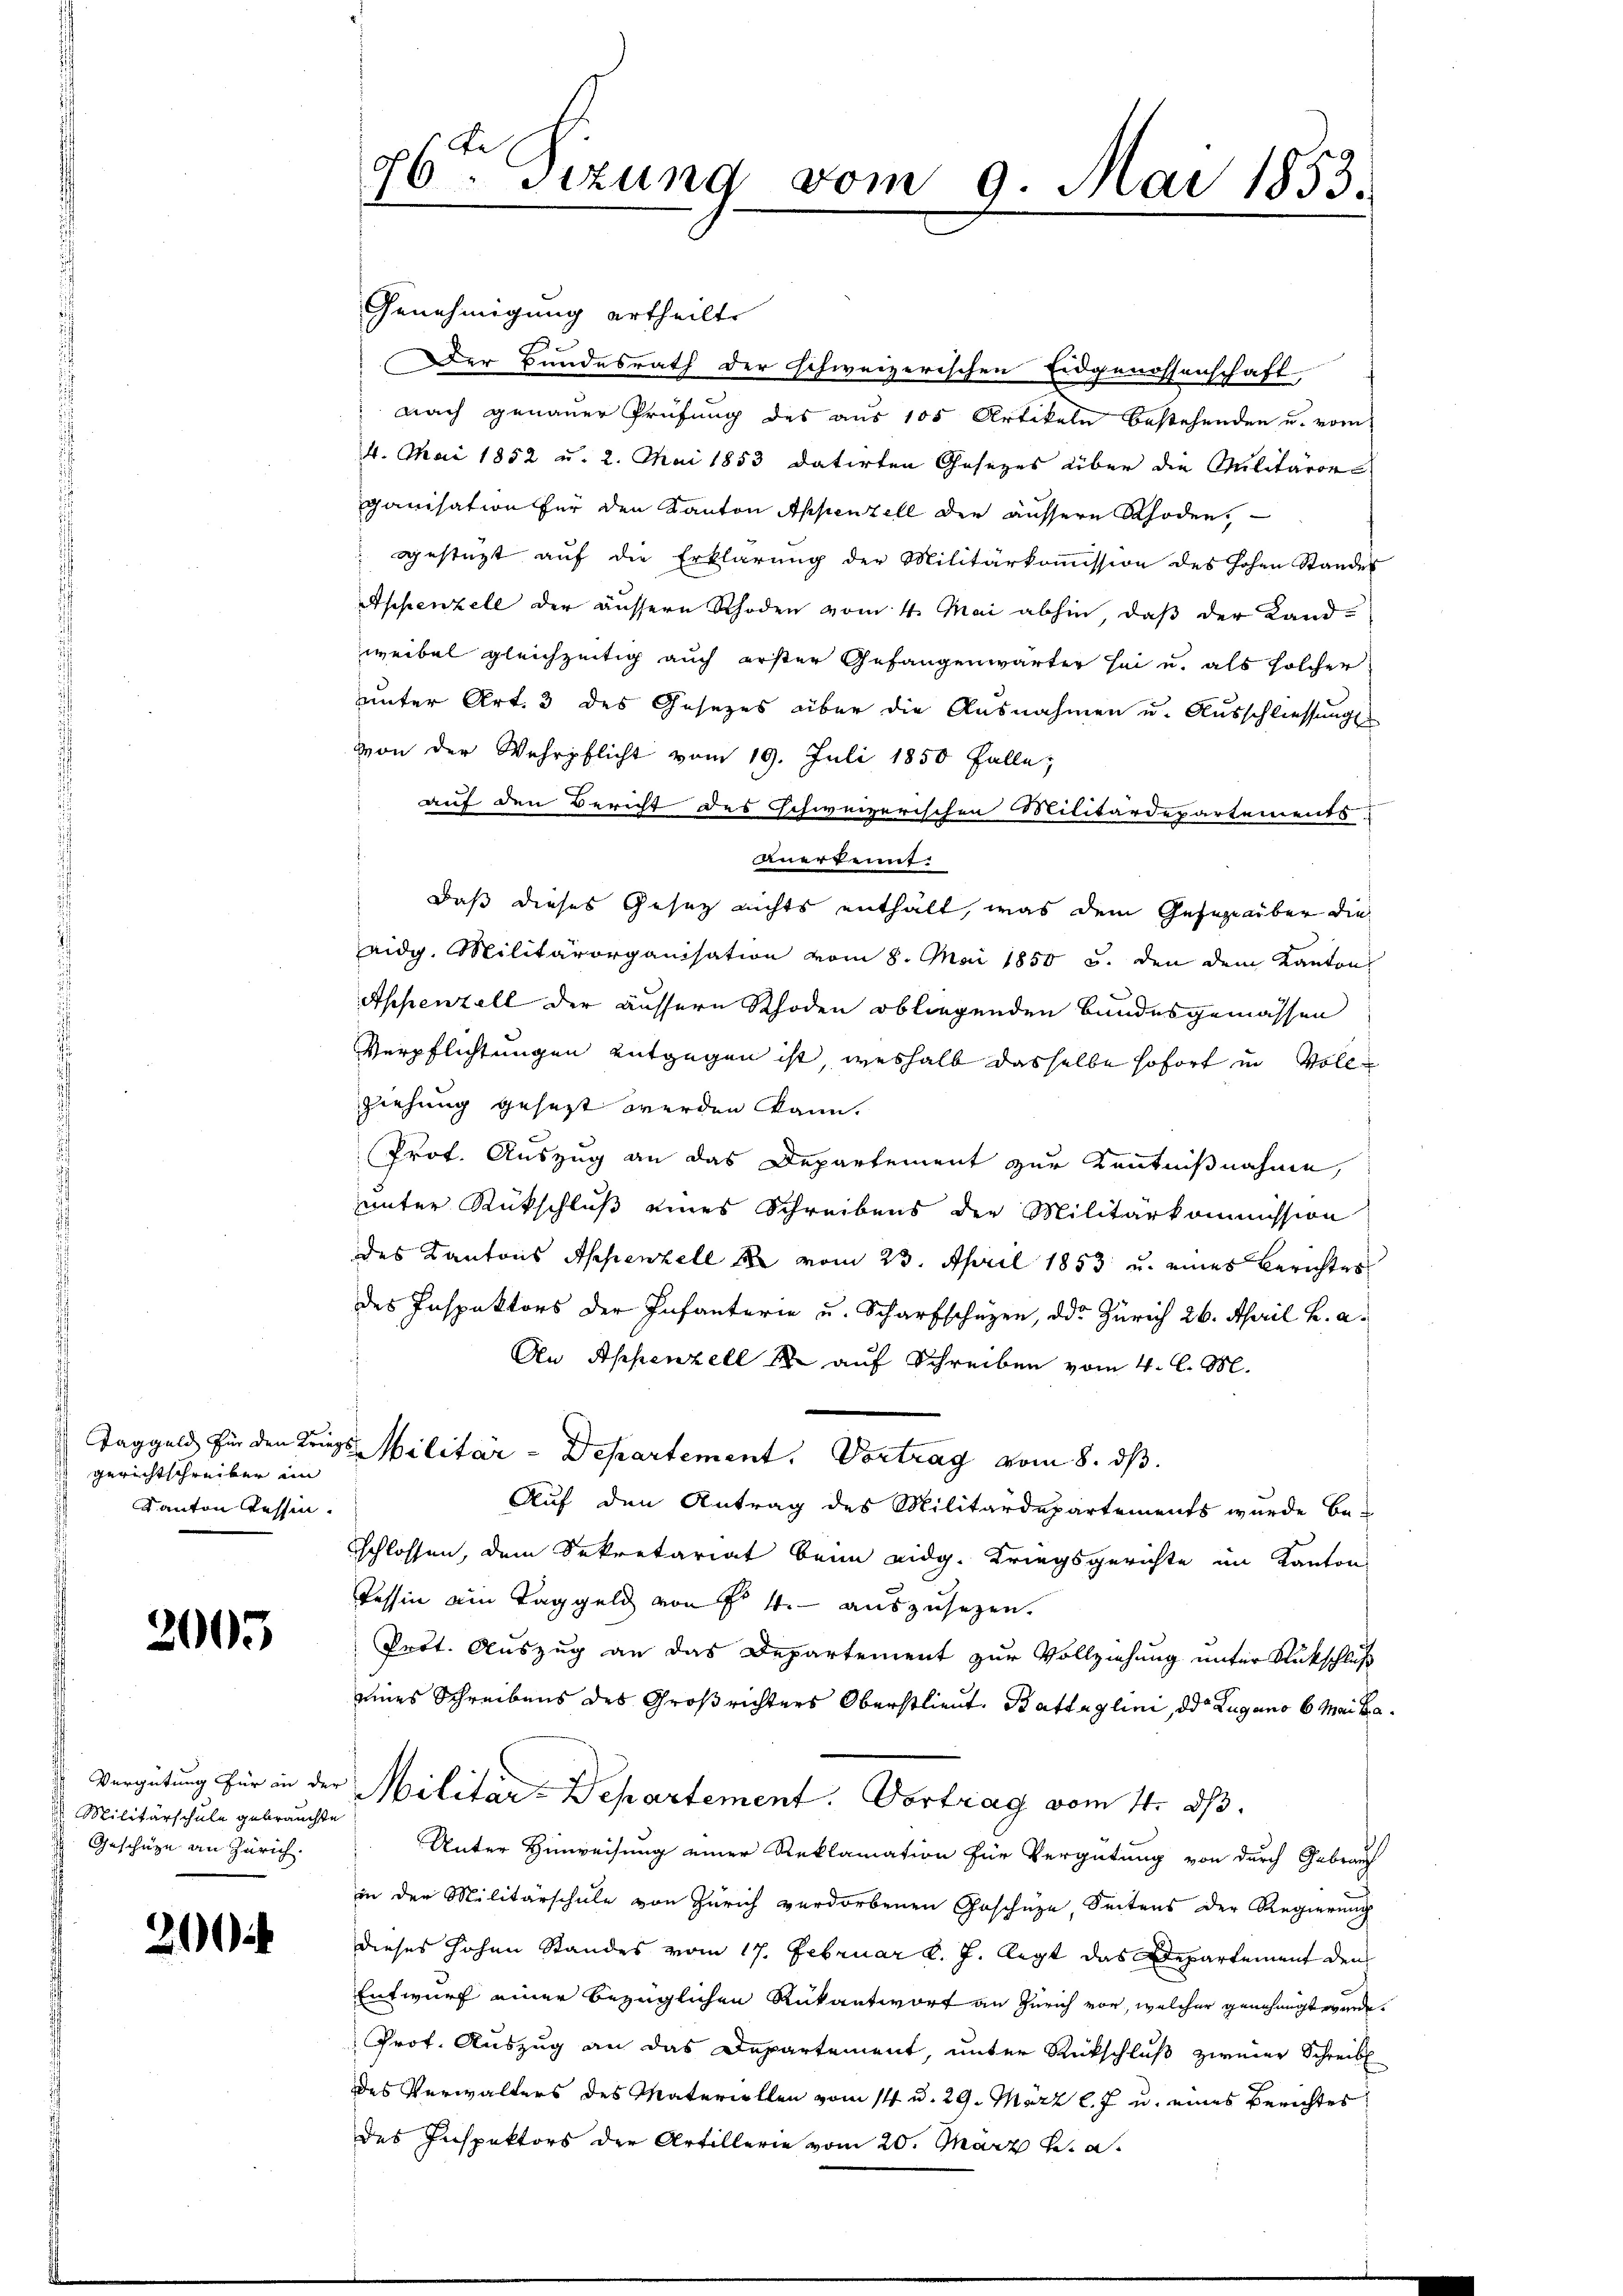
gerichtschreiber im
Kanton Tessin.

2005

Militärschule gebrauchte
Geschütze an Zürich.

20

Genehmigung ertheilt.
Der Bundesrath der schweizerischen Eidgenossenschaft
nach genauer Prüfung des aus 105 Artikeln bestehenden u. vom
4. Mai 1852 u. 2. Mai 1853 datirten Gesezes über die Militäror
ganisation für den Kanton Appenzell der äusseren Rhoden.
gestützt auf die Erklärung der Militärkoṁission des hohen Standes
Appenzell der äussere Rhoden vom 4. Mai abhin, daß der Land-
weibel gleichzeitig auch erster Gefangenwärter sei u. als solcher
uunter Art. 3 des Gesezes über die Ausnahmen u. Ausschliessungs
von der Wehrpflicht vom 19. Juli 1850 Falle;
auf den Bericht des Schweizerischen Militärdepartements-
anerkennt:
daß dieses Gesetz nichts enthält, was dem Gesezenüber die
eidg. Militärorganisation vom 8. Mai 1850 u. den dem Kantons
Appenzell der äussern Rhoden obliegenden Bundesgemässen
Verpflichtungen entgegen ist, weshalb dasselbe sofort in Vollziehung gesezt werden kann.
Prof. Auszug an das Departement zur Kenntnißnahme,
unter Rückschluß eines Schreibens der Militärkommission
des Kantons Appenzell A. vom 23. April 1853 u. eines Berichter
des Inspektors der Infanterie u. Scharfschüzen, das Zürich 26. April h. a.
An Appenzell 12 auf Schreiben vom 4. l. M.
Taggeld für den Kriegs-Militär - Departement. Vortrag vom 8. ds.
Auf den Antrag des Militärdepartements wurde be-
schlossen, dem Sekretariat beim eidg. Kriegsgerichte im Kanton
Tessin ain Taggeld von Fr. 4. auszusehen.
Prot. Auszug an das Departement zur Vollziehung unter Rückschluß
eines Schreibens des Großrichters Oberstlieut. Battaglini, der Lugano 6 Mai da
Vergütung für in der Militar-Departement. Vortrag vom 14. dβ.
Unter Hinweisung einer Reklamation für Vergütung von durch Gebrau
in der Militärschule von Zürich verdorbenen Geschüze, Seitens der Regierung
dieses hohen Standes vom 17. Februar d. J. legt das Departement den
Entwurf einer bezüglichen Rükantwort an Zürich vor, welcher genehmigt werde.
Prof. Auszug an das Departement, unter Rückschluß zweier Schreib
des Verwalters des Materiellen vom 14. d. 29. März l. J. u. eines Berichtes
des Inspektors der Artillerie vom 20. März v. a.

26ten Sizung vom 9. Mai 1853.
1